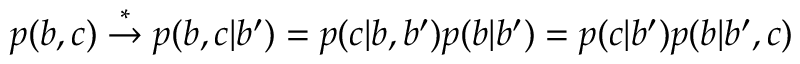
p ( b , c ) \stackrel { * } { \rightarrow } p ( b , c | b ^ { \prime } ) = p ( c | b , b ^ { \prime } ) p ( b | b ^ { \prime } ) = p ( c | b ^ { \prime } ) p ( b | b ^ { \prime } , c )